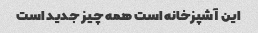
این آشپزخانه است همه چیز جدید است